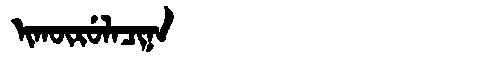
Manchu: ᡳᡴᡡᡵᡠᠯᠠᠴᡳᠨᠠ
Romanization: IKŪRULACINA